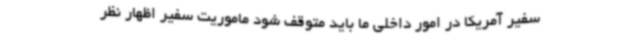
سفیر آمریکا در امور داخلی ما باید متوقف شود ماموریت سفیر اظهار نظر